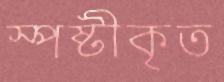
স্পষ্টীকৃত